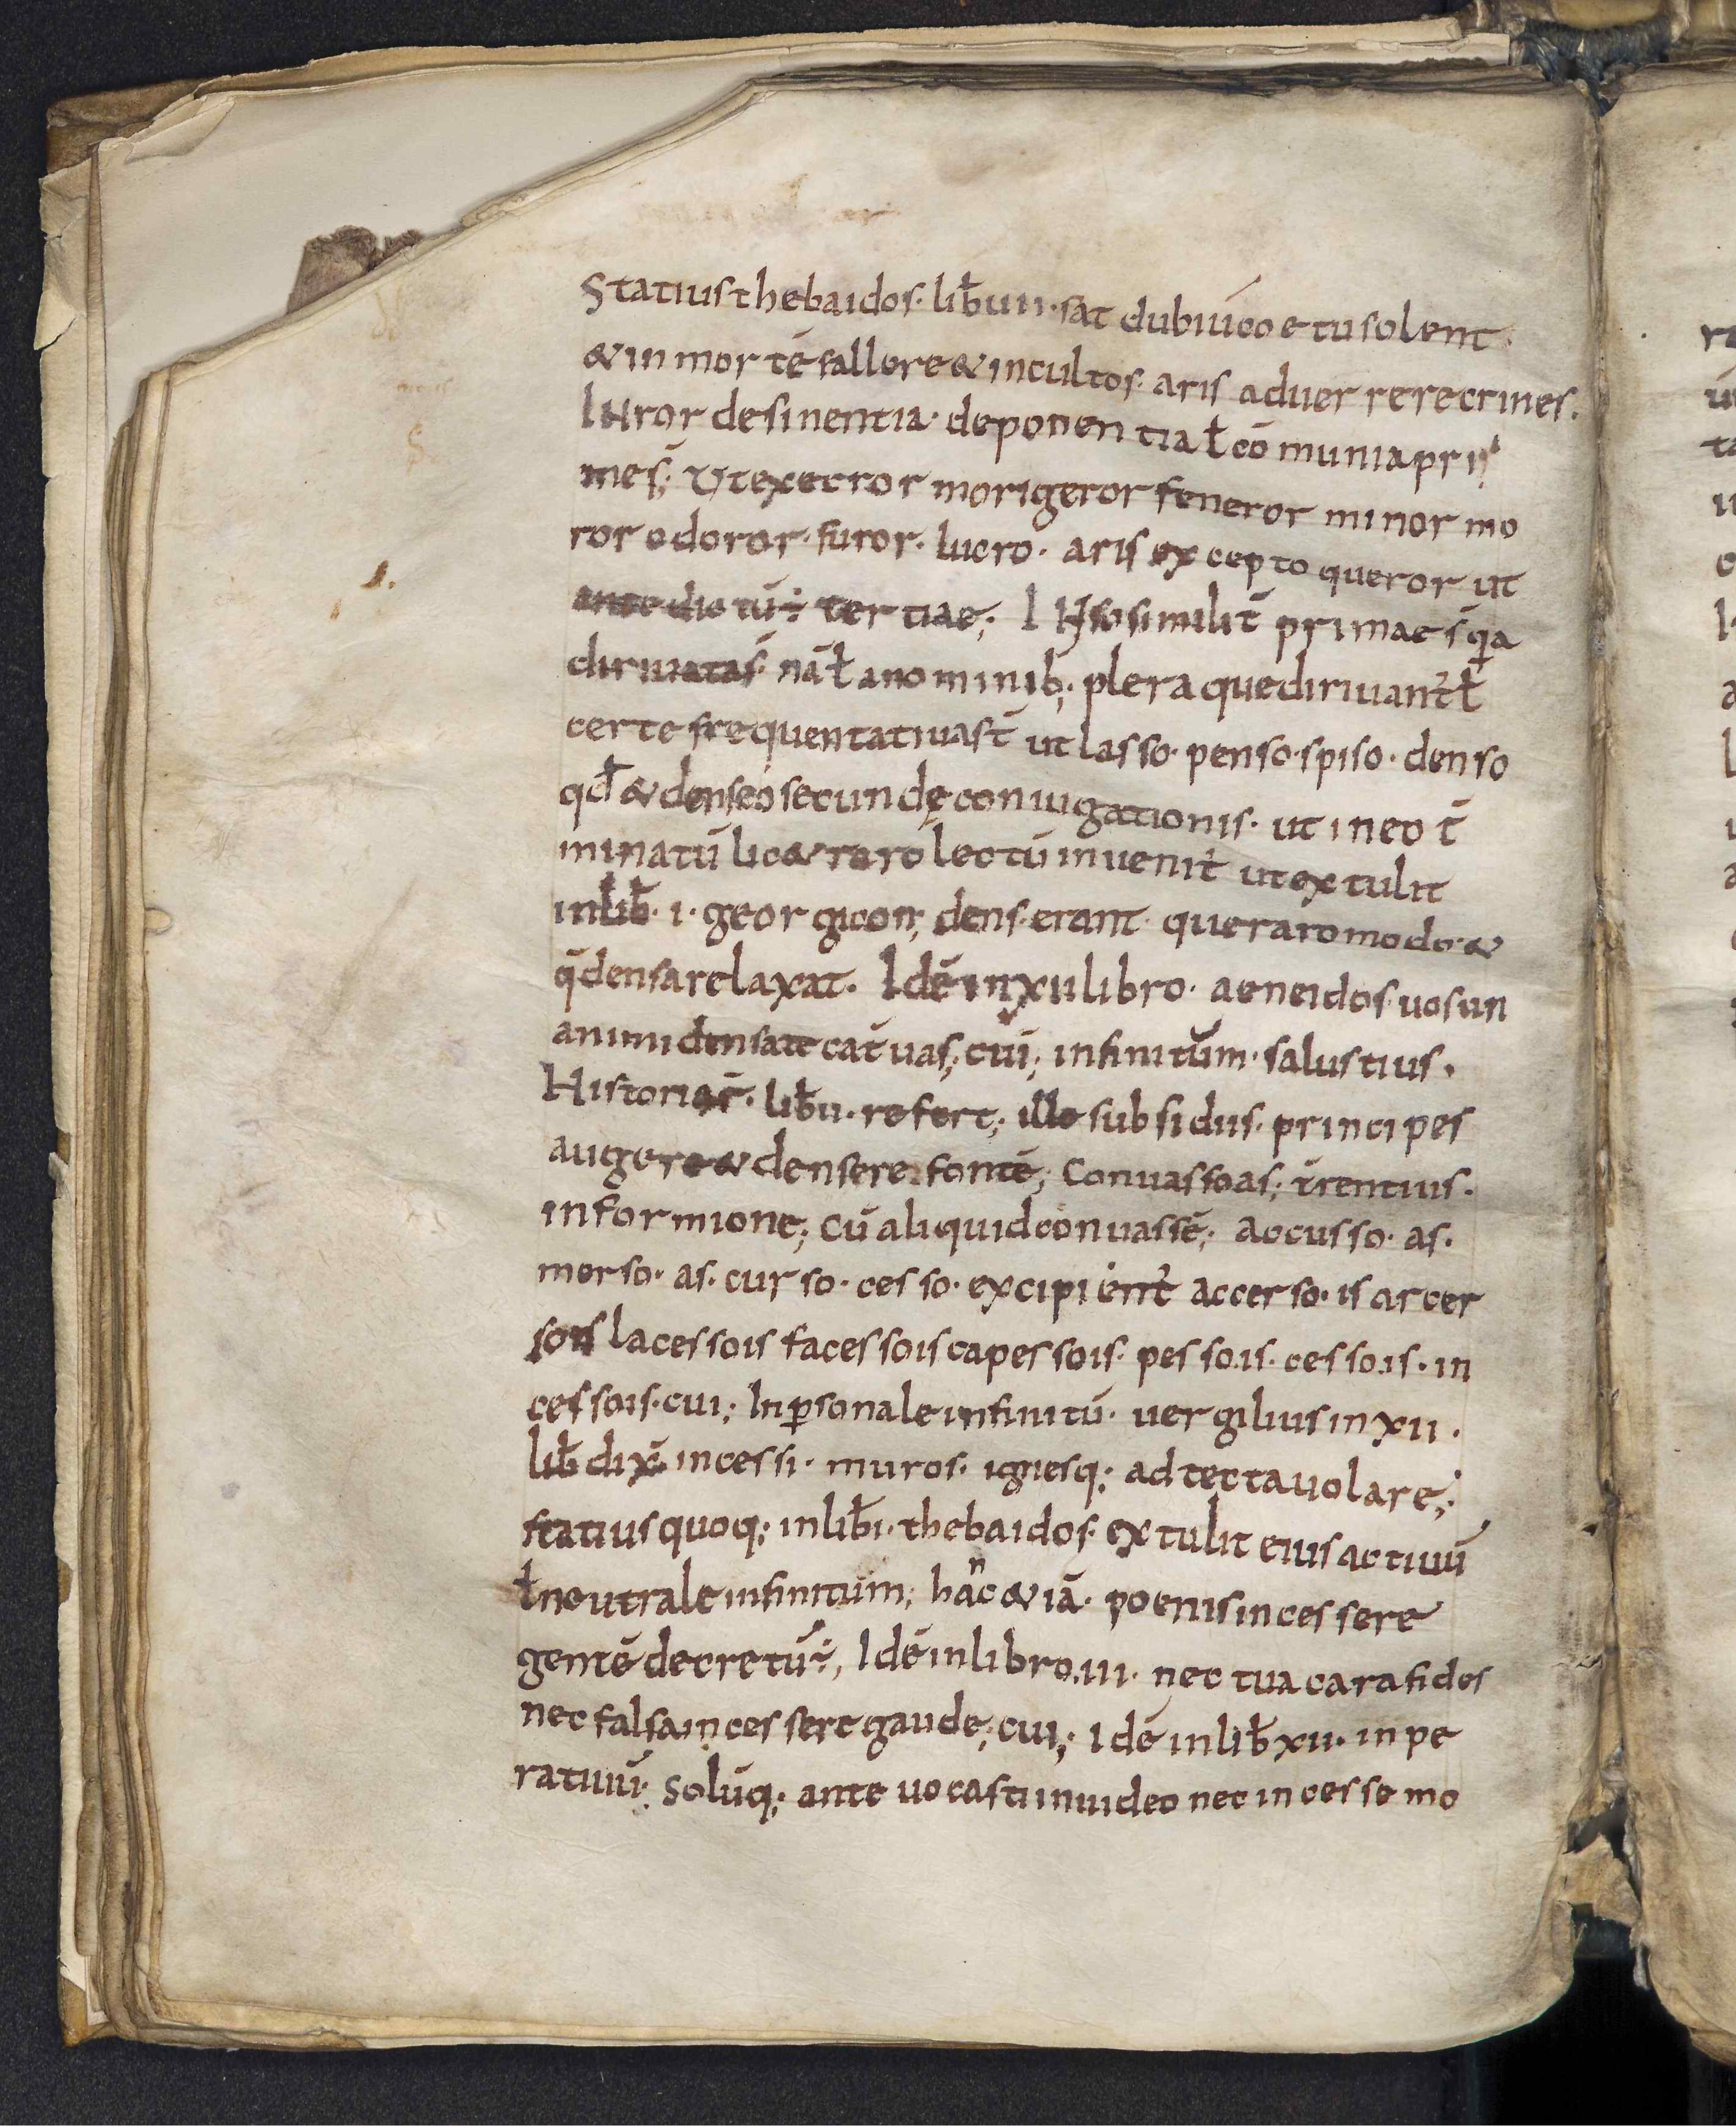
Shelfmark: Leiden, Bibliotheek der Rijksuniversiteit, Voss. Lat. O 41
Century: 9